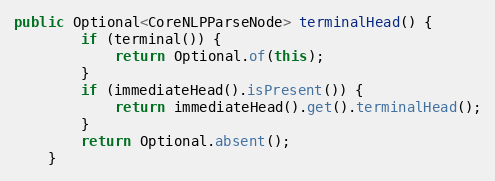
Language: Java
public Optional<CoreNLPParseNode> terminalHead() {
        if (terminal()) {
            return Optional.of(this);
        }
        if (immediateHead().isPresent()) {
            return immediateHead().get().terminalHead();
        }
        return Optional.absent();
    }